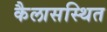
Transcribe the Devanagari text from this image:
कैलासस्थित